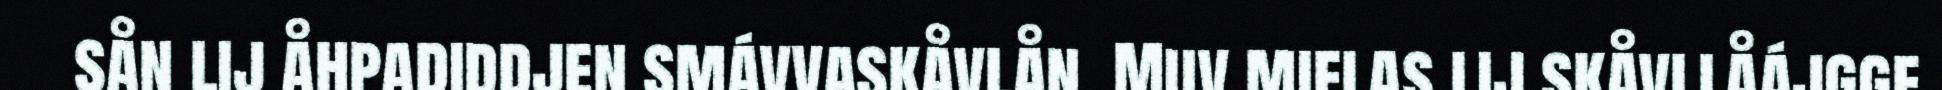
sån lij åhpadiddjen smávvaskåvlån. Muv mielas lij skåvllåájgge